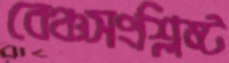
বেঞ্চসংশ্লিষ্ট